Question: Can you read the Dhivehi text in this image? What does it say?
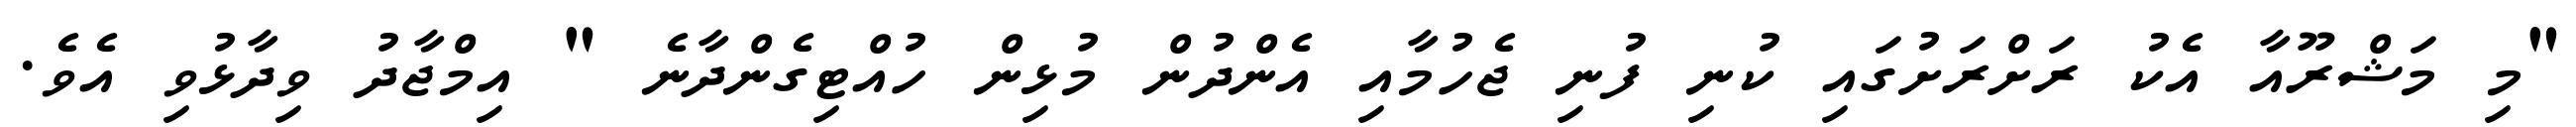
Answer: "މި މަޝްރޫއާ އެކު ރަށްރަށުގައި ކުނި ފުނި ޖެހުމާއި އެންދުން މުޅިން ހުއްޓިގެންދާނެ " އިމްޖާދު ވިދާޅުވި އެވެ.